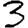
Digit: 3